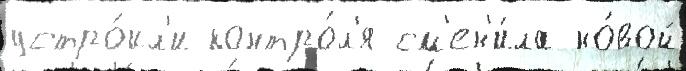
устро́ил'и контро́л'я см'ен'и́ла но́вой